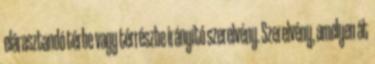
elárasztandó térbe vagy térrészbe irányító szerelvény. Szerelvény, amelyen át